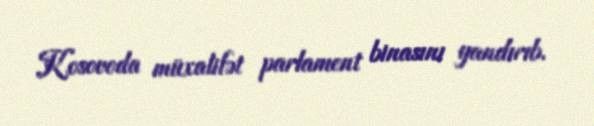
Kosovoda müxalifət parlament binasını yandırıb.